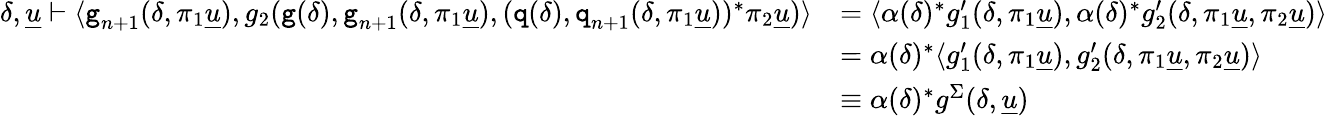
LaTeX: \begin{array}{rl}{\delta,\underline{{u}}\vdash\langle\textnormal{\texttt{g}}_{n+1}(\delta,\pi_{1}\underline{{u}}),g_{2}(\textnormal{\texttt{g}}(\delta),\textnormal{\texttt{g}}_{n+1}(\delta,\pi_{1}\underline{{u}}),(\textnormal{\texttt{q}}(\delta),\textnormal{\texttt{q}}_{n+1}(\delta,\pi_{1}\underline{{u}}))^{*}\pi_{2}\underline{{u}})\rangle}&{=\langle\alpha(\delta)^{*}g_{1}^{\prime}(\delta,\pi_{1}\underline{{u}}),\alpha(\delta)^{*}g_{2}^{\prime}(\delta,\pi_{1}\underline{{u}},\pi_{2}\underline{{u}})\rangle}\\ &{=\alpha(\delta)^{*}\langle g_{1}^{\prime}(\delta,\pi_{1}\underline{{u}}),g_{2}^{\prime}(\delta,\pi_{1}\underline{{u}},\pi_{2}\underline{{u}})\rangle}\\ &{\equiv\alpha(\delta)^{*}g^{\Sigma}(\delta,\underline{{u}})}\end{array}